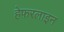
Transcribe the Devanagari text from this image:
हेफरलाइन